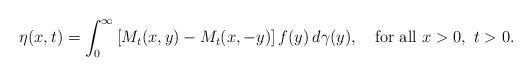
LaTeX: \begin{align*}\eta(x,t)=\int_{0}^{\infty}\left[M_{t}(x,y)-M_{t}(x,-y)\right]f(y)\,d\gamma(y),\quad\hbox{for all}~x>0,~t>0.\end{align*}